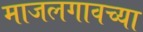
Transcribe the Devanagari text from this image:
माजलगावच्या